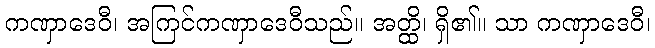
ကဏှာဒေဝီ၊ အကြင်ကဏှာဒေဝီသည်။ အတ္ထိ၊ ရှိ၏။ သာ ကဏှာဒေဝီ၊